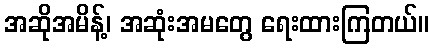
အဆိုအမိန့်၊ အဆုံးအမတွေ ရေးထားကြတယ်။